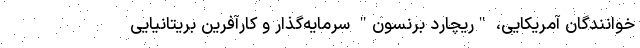
خوانندگان آمریکایی، "ریچارد برنسون" سرمایه‌گذار و کارآفرین بریتانیایی